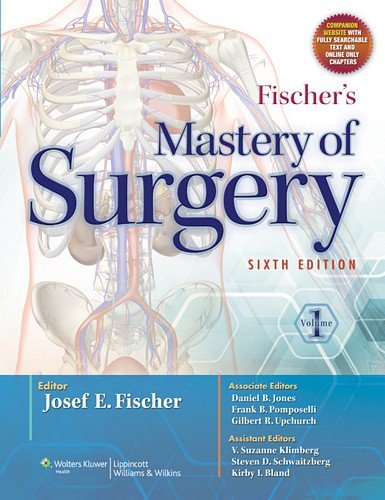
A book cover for Fischer's Mastery of Surgery (Vol 1&2 Set 6E); Medical Books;